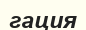
гация